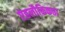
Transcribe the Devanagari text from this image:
ऐहलौकिकता